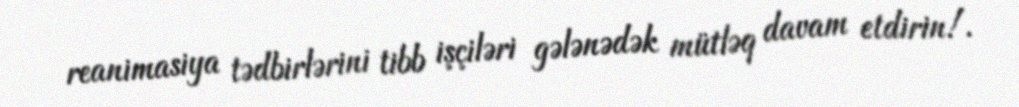
reanimasiya tədbirlərini tibb işçiləri gələnədək mütləq davam etdirin!.